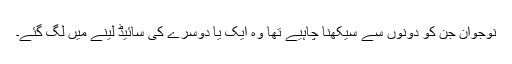
نوجوان جن کو دونوں سے سیکھنا چاہیے تھا وہ ایک یا دوسرے کی سائیڈ لینے میں لگ گئے۔